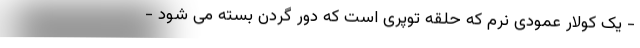
- یک کولار عمودی نرم که حلقه توپری است که دور گردن بسته می شود -